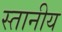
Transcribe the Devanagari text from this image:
स्तानीय